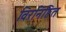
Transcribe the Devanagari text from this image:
विरनिष्ठित